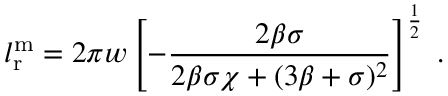
l _ { \mathrm { r } } ^ { \mathrm { m } } = 2 \pi w \left[ - \frac { 2 \beta \sigma } { 2 \beta \sigma \chi + ( 3 \beta + \sigma ) ^ { 2 } } \right] ^ { \frac 1 2 } \; .